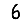
Digit: 6